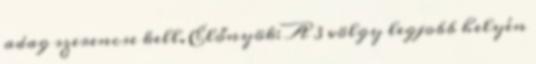
adag szerencse kell. Előnyök: A 3 völgy legjobb helyén